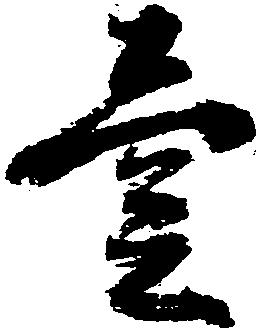
壱